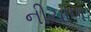
નીચાળ